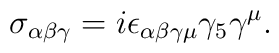
\sigma_{\alpha \beta \gamma} = i \epsilon_{\alpha \beta \gamma \mu} \gamma_5 \gamma^\mu.